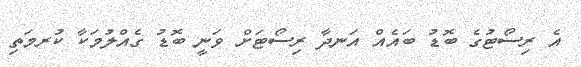
އެ ރިސޯޓުގެ ބޮޑު ބައެއް އަނދާ ރިސޯޓަށް ވަނީ ބޮޑު ގެއްލުމަކާ ކުރމަތި